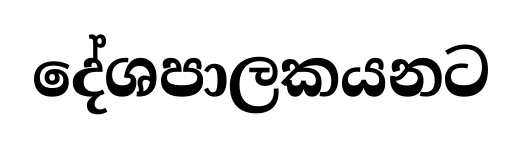
දේශපාලකයනට